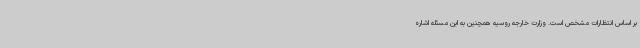
بر اساس انتظارات مشخص است. وزارت خارجه روسیه همچنین به این مسئله اشاره